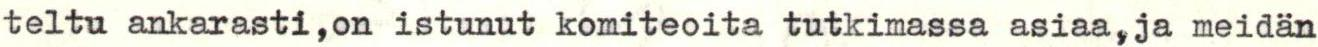
teltu ankarasti,on istunut komiteoita tutkimassa asiaa,ja meidän